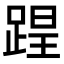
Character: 𨂈